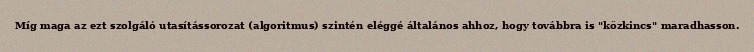
Míg maga az ezt szolgáló utasítássorozat (algoritmus) szintén eléggé általános ahhoz, hogy továbbra is "közkincs" maradhasson.